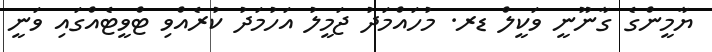
ޔާމީންގެ ގާނޫނީ ވަކީލް ޑރ. މުހައްމަދު ޖަމީލު އަހުމަދު ކުރެއްވި ޓްވީޓެއްގައި ވަނީ